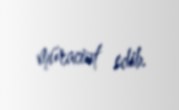
müraciət edib.